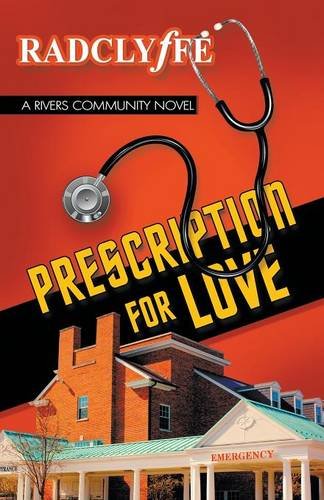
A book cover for Prescription for Love; Radclyffe; Romance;